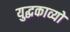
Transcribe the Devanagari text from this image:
युद्धकाव्यों